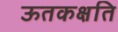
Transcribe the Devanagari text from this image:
ऊतकक्षति